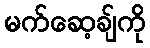
မက်ဆေ့ချ်ကို